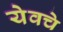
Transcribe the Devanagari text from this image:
येवचे